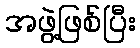
အဖွဲ့ဖြစ်ပြီး